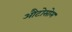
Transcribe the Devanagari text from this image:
औटोसोम